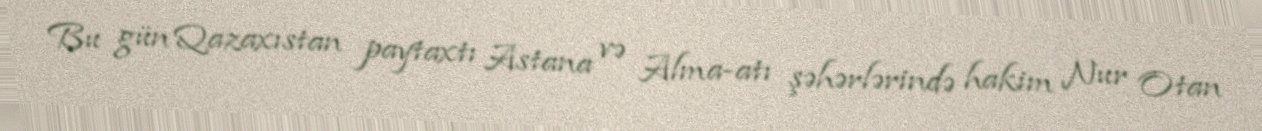
Bu gün Qazaxıstan paytaxtı Astana və Alma-atı şəhərlərində hakim Nur Otan